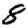
Digit: 8